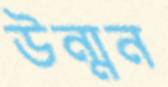
উন্মন